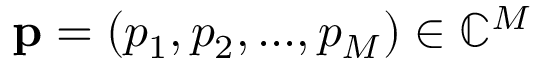
\ensuremath { \mathbf { p } } = ( p _ { 1 } , p _ { 2 } , . . . , p _ { M } ) \in \mathbb { C } ^ { M }